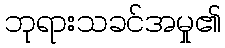
ဘုရားသခင်အမှု၏